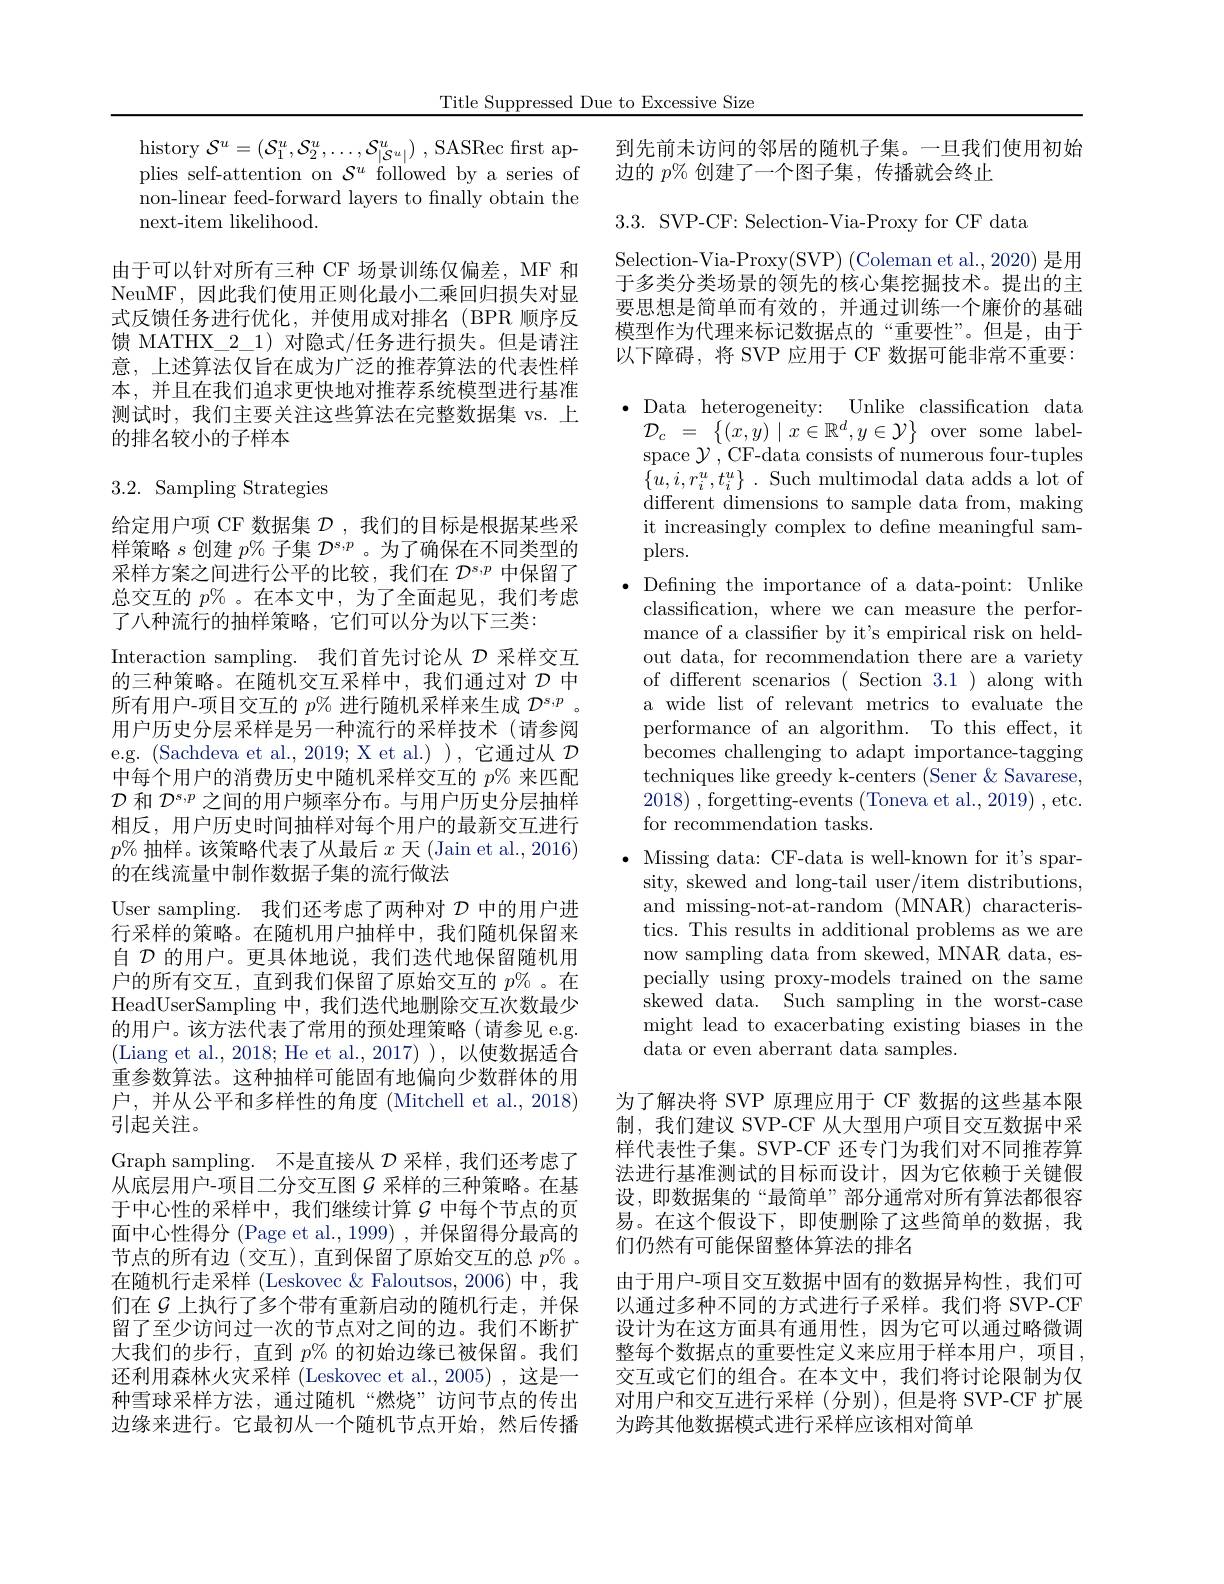
Title Suppressed Due to Excessive Size

history $\mathcal{S}^u=\left(\mathcal{S}_1^u,\mathcal{S}_2^u,\ldots,\mathcal{S}_{|\mathcal{S}^u|}^u\right)$, SASRec frst applies self-attention on $\mathcal{S}^u$ followed by a series of non-linear feed-forward layers to fnally obtain the next-item likelihood.

由于可以针对所有三种 CF 场景训练仅偏差，MF 和NeuMF,因此我们使用正则化最小二乘回归损失对显式反馈任务进行优化，并使用成对排名(BPR 顺序反馈 MATHX\_2\_1)对隐式/任务进行损失。但是请注意，上述算法仅旨在成为广泛的推荐算法的代表性样本，并且在我们追求更快地对推荐系统模型进行基准测试时，我们主要关注这些算法在完整数据集 vs.上的排名较小的子样本

# 3.2. Sampling Strategies

给定用户项 CF 数据集$\mathcal{D}$ ,我们的目标是根据某些采样策略$s$创建$p\%$子集$\mathcal{D}^\mathrm{s,p}$ 。为了确保在不同类型的采样方案之间进行公平的比较，我们在$\mathcal{D}^{s,p}$中保留了总交互的$p\%$ 。在本文中，为了全面起见，我们考虑了八种流行的抽样策略，它们可以分为以下三类：
Interaction sampling. 我们首先讨论从$\mathcal{D}$采样交互的三种策略。在随机交互采样中，我们通过对$\mathcal{D}$中所有用户-项目交互的$p\%$进行随机采样来生成$\mathcal{D}^s,p$ 。用户历史分层采样是另一种流行的采样技术(请参阅e.g. (Sachdeva et al.,2019; X et al.)),它通过从$\mathcal{D}$ 中每个用户的消费历史中随机采样交互的$p\%$来匹配$\mathcal{D}$和$\mathcal{D}^{s,p}$之间的用户频率分布。与用户历史分层抽样相反，用户历史时间抽样对每个用户的最新交互进行$p\%$抽样。该策略代表了从最后$x$天 (Jain et al., 2016) 的在线流量中制作数据子集的流行做法
User sampling. 我们还考虑了两种对$\mathcal{D}$中的用户进行采样的策略。在随机用户抽样中，我们随机保留来自$\mathcal{D}$的用户。更具体地说，我们迭代地保留随机用户的所有交互，直到我们保留了原始交互的$p\%$ 。在HeadUserSampling 中，我们迭代地删除交互次数最少的用户。该方法代表了常用的预处理策略(请参见 e.g. (Liang et al., 2018; He et al., 2017)),\:以使数据适合重参数算法。这种抽样可能固有地偏向少数群体的用户，并从公平和多样性的角度 (Mitchell et al., 2018) 引起关注。
Graph sampling. 不是直接从$\mathcal{D}$采样，我们还考虑了从底层用户-项目二分交互图$G$ 采样的三种策略。在基于中心性的采样中，我们继续计算$\mathcal{G}$ 中每个节点的页面中心性得分 (Page et al., 1999) , 并保留得分最高的节点的所有边(交互),直到保留了原始交互的总$p\%$。在随机行走采样 (Leskovec $\&$ Faloutsos, 2006)中，我们在$G$ 上执行了多个带有重新启动的随机行走，并保留了至少访问过一次的节点对之间的边。我们不断扩大我们的步行，直到$p\%$的初始边缘已被保留。我们还利用森林火灾采样 (Leskovec et al.,2005),这是一种雪球采样方法，通过随机“燃烧”访问节点的传出边缘来进行。它最初从一个随机节点开始，然后传播

到先前未访问的邻居的随机子集。一旦我们使用初始
边的$p\%$创建了一个图子集，传播就会终止

$3.3.{\mathrm{~SVP-CF:~Selection-Via-Proxy~for~CF~data}}$
Selection-Via-Proxy(SVP) (Coleman et al., 2020) 是用于多类分类场景的领先的核心集挖掘技术。提出的主要思想是简单而有效的，并通过训练一个廉价的基础模型作为代理来标记数据点的“重要性”。但是，由于以下障碍，将 SVP 应用于 CF 数据可能非常不重要： $\bullet$ Data heterogeneity: Unlike classification data
${\mathcal{D} }_{c}$ = $\left \{ ( x, \bar{y} ) \mid x\in \mathbb{R} ^{d}, y\in \mathcal{Y} \right \}$over some labelspace $\mathcal{Y}$,CF-data consists of numerous four-tuples $\{ u, i, r_{i}^{u}, t_{i}^{u}\}$ .Such multimodal data adds a lot of different dimensions to sample data from, making it increasingly complex to define meaningful samplers.
$\bullet$ Defining the importance of a data-point: Unlike
classification, where we can measure the performance of a classifier by it's empirical risk on heldout data, for recommendation there are a variety of different scenarios ( Section 3.1 ) along with a wide list of relevant metrics to evaluate the performance of an algorithm. To this effect, it becomes challenging to adapt importance-tagging techniques like greedy k-centers (Sener & Savarese, 2018) ,forgetting-events (Toneva et al.,2019) ,etc. for recommendation tasks.
$\cdot$ Missing data: CF-data is well-known for it's spar-
sity, skewed and long-tail user/item distributions, and missing-not-at-random (MNAR) characteristics. This results in additional problems as we are now sampling data from skewed, MNAR data, especially using proxy-models trained on the same skewed data. Such sampling in the worst-case might lead to exacerbating existing biases in the data or even aberrant data samples.
为了解决将 SVP 原理应用于 CF 数据的这些基本限制，我们建议 SVP-CF 从大型用户项目交互数据中采样代表性子集。SVP-CF 还专门为我们对不同推荐算法进行基准测试的目标而设计，因为它依赖于关键假设，即数据集的“最简单”部分通常对所有算法都很容易。在这个假设下，即使删除了这些简单的数据，我们仍然有可能保留整体算法的排名
由于用户-项目交互数据中固有的数据异构性，我们可以通过多种不同的方式进行子采样。我们将 SVP-CF 设计为在这方面具有通用性，因为它可以通过略微调整每个数据点的重要性定义来应用于样本用户，项目， 交互或它们的组合。在本文中，我们将讨论限制为仅

对用户和交互进行采样(分别),但是将 SVP-CF 扩展
为跨其他数据模式进行采样应该相对简单